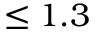
\leq 1 . 3